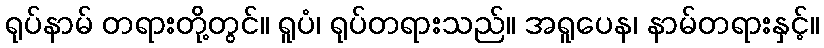
ရုပ်နာမ် တရားတို့တွင်။ ရူပံ၊ ရုပ်တရားသည်။ အရူပေန၊ နာမ်တရားနှင့်။